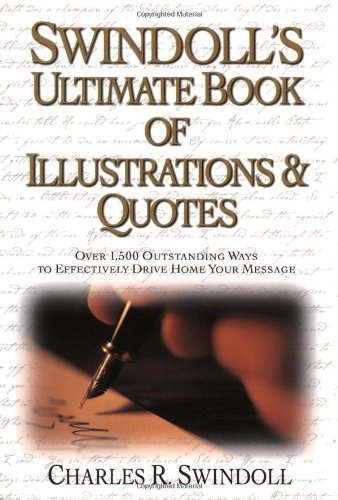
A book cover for Swindoll's Ultimate Book of Illustrations & Quotes: Over 1,500 Ways to Effectively Drive Home Your Message; Charles R. Swindoll; Christian Books & Bibles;